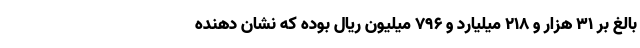
بالغ بر 31 هزار و 218 میلیارد و 796 میلیون ریال بوده که نشان دهنده